system: You are a helpful assistant.
user:
Analyze the provided spectrum to determine if it is a **M-type Giant (gM)**.

A M-type Giant spectrum is defined by its **strong molecular absorption** features, particularly from **Titanium Oxide (TiO)**. You must check for one of the following mutually exclusive signatures:

- **Key Visual Indicators (Absorption-Dominated Spectrum):**

    - **(Primary):** The spectrum is dominated by strong molecular absorption from **Titanium Oxide (TiO)**. This is the **defining feature** of its M-type temperature class.
        - **(Key Bandheads):** Look for sharp, "saw-tooth" absorption valleys. The strongest are located near **~7050 Å**, **~6160 Å**, and **~5170 Å**.
        - **(Line Profile):** The "saw-tooth" morphology is critical: a **sharp, steep drop on the BLUE (short-wavelength) side** of the bandhead, followed by a gradual recovery (rising flux) towards the RED (long-wavelength) side.

    - **(Key Confirmation - Giant vs. Dwarf):** **ABSENCE** of strong **Calcium Hydride (CaH)** molecular bands. This is the primary diagnostic for *excluding* M-dwarfs.
        - **(Key Region):** The spectrum should lack the strong, broad absorption band seen in dwarfs between **~6800 Å and ~7000 Å**.

    - **(Secondary Confirmation - Giant):** A very strong and broad **Neutral Calcium (Ca I)** atomic absorption line.
        - **(Key Line):** Located at **~4226 Å**. In a giant (gM), this line is significantly deeper and broader than the same line in an M-dwarf (dM) due to low surface gravity.

    - **(Overall Spectrum):**
        - The continuum is **extremely red-sloping** (i.e., flux is very low in the blue and rises dramatically towards the red).
        - The entire spectrum appears "chopped up" by the deep TiO bands.

Think first, call **spectral_visualization_tool** if needed to examine features in detail, then provide your final answer. Your response must adhere to the following strict rules:
1.  **Overall Structure:** Your response must follow the format `<think>...</think> <tool_call>...</tool_call> (if a tool is used) <answer>...</answer>`.
2.  **Tool Usage Constraint:** You may only make **one** tool call per turn.
3.  **Final Answer Format:** In the `<answer>` tag, your conclusion must be inside a `\boxed{}` command (e.g., `\boxed{YES}` or `\boxed{NO}`), followed by your justification.

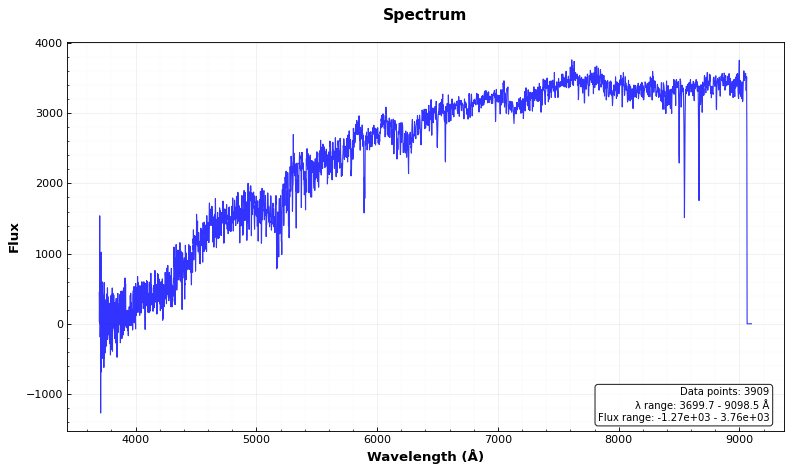
Answer: NO